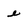
Character: e